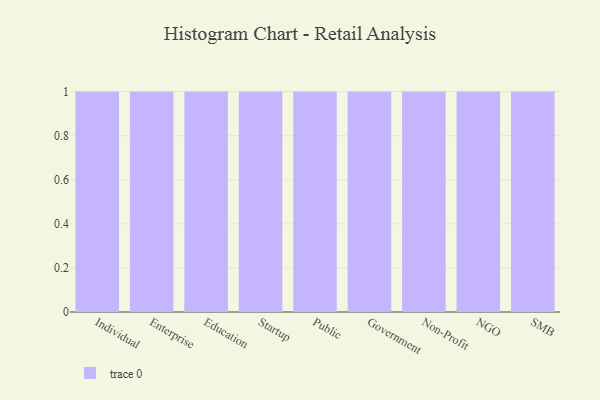
{"axis": {"x": "Segment", "y": "Gross Profit (USD K)"}, "legend": [""], "data": [{"x": "Individual", "y": 55, "type": ""}, {"x": "Enterprise", "y": 61, "type": ""}, {"x": "Education", "y": 46, "type": ""}, {"x": "Startup", "y": 32, "type": ""}, {"x": "Public", "y": 32, "type": ""}, {"x": "Government", "y": 85, "type": ""}, {"x": "Non-Profit", "y": 26, "type": ""}, {"x": "NGO", "y": 25, "type": ""}, {"x": "SMB", "y": 84, "type": ""}]}